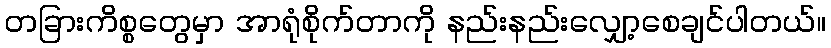
တခြားကိစ္စတွေမှာ အာရုံစိုက်တာကို နည်းနည်းလျှော့စေချင်ပါတယ်။